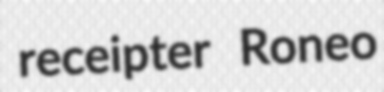
receipter Roneo